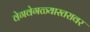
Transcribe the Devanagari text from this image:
वेगवेगळ्यास्तरावर